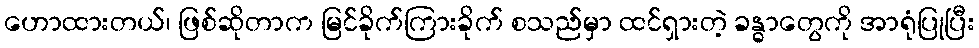
ဟောထားတယ်၊ ဖြစ်ဆိုတာက မြင်ခိုက်ကြားခိုက် စသည်မှာ ထင်ရှားတဲ့ ခန္ဓာတွေကို အာရုံပြုပြီး